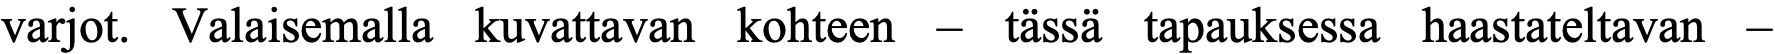
varjot. Valaisemalla kuvattavan kohteen – tässä tapauksessa haastateltavan –